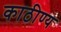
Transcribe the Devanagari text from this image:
काठीण्य